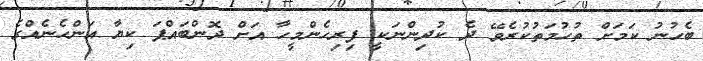
ބެހުނު ކަމަށް ތުހުމަތުކުރެވޭ ދެ ކުދިންނަކީ ފިރިހެންމީހާ އަށް ދޮންބައްޕަ ކިޔާ އަންހެނެއްގެ